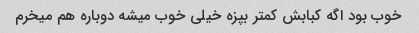
خوب بود اگه کبابش کمتر بپزه خیلی خوب میشه دوباره هم میخرم